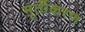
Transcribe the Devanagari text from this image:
मूर्तीकरण